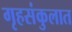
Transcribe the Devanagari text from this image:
गृहसंकुलात